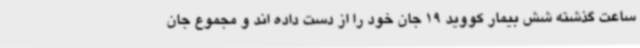
ساعت گذشته شش بیمار کووید 19 جان خود را از دست داده اند و مجموع جان